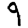
Digit: 9